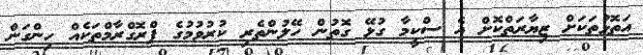
އަތޮޅުތަކަށް ޒިޔާރަތްކޮށް އެ ސްކީމާ ގުޅޭ ގޮތުން ހޭލުންތެރި ކުރުވުމުގެ ޕްރޮގްރާމްތަކެއް ހިންގަން